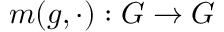
m ( g , \cdot ) : G \to G